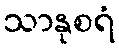
သာနုစရံ